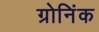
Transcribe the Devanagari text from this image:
ग्रोनिंक